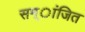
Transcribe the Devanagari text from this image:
सम्ांजित